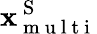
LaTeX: \mathbf{x}_{\mathrm{~m~u~l~t~i~}}^{\mathrm{~S~}}